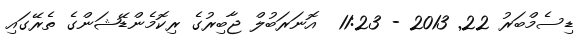
ޑިސެމްބަރު 22